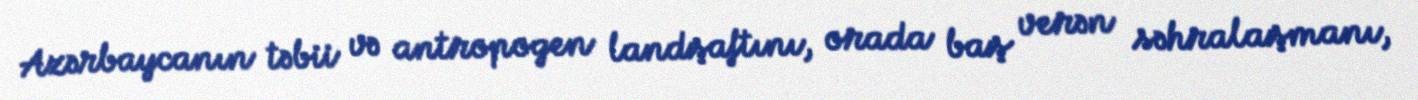
Azərbaycanın təbii və antropogen landşaftını, orada baş verən səhralaşmanı,